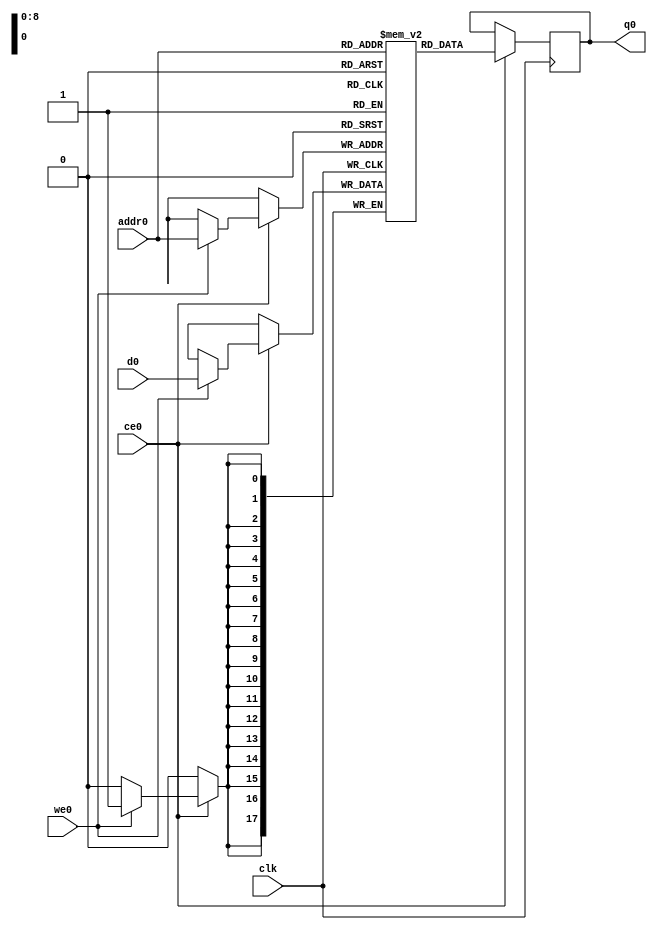
// ==============================================================
// Vivado(TM) HLS - High-Level Synthesis from C, C++ and SystemC v2019.2 (64-bit)
// Copyright 1986-2019 Xilinx, Inc. All Rights Reserved.
// ==============================================================
`timescale 1 ns / 1 ps
module pooling2d_cl_ss_ap_fixed_ap_fixed_config11_s_memory1_0_V_ram (addr0, ce0, d0, we0, q0,  clk);

parameter DWIDTH = 18;
parameter AWIDTH = 9;
parameter MEM_SIZE = 512;

input[AWIDTH-1:0] addr0;
input ce0;
input[DWIDTH-1:0] d0;
input we0;
output reg[DWIDTH-1:0] q0;
input clk;

(* ram_style = "block" *)reg [DWIDTH-1:0] ram[0:MEM_SIZE-1];




always @(posedge clk)  
begin 
    if (ce0) begin
        if (we0) 
            ram[addr0] <= d0; 
        q0 <= ram[addr0];
    end
end


endmodule

`timescale 1 ns / 1 ps
module pooling2d_cl_ss_ap_fixed_ap_fixed_config11_s_memory1_0_V(
    reset,
    clk,
    address0,
    ce0,
    we0,
    d0,
    q0);

parameter DataWidth = 32'd18;
parameter AddressRange = 32'd512;
parameter AddressWidth = 32'd9;
input reset;
input clk;
input[AddressWidth - 1:0] address0;
input ce0;
input we0;
input[DataWidth - 1:0] d0;
output[DataWidth - 1:0] q0;



pooling2d_cl_ss_ap_fixed_ap_fixed_config11_s_memory1_0_V_ram pooling2d_cl_ss_ap_fixed_ap_fixed_config11_s_memory1_0_V_ram_U(
    .clk( clk ),
    .addr0( address0 ),
    .ce0( ce0 ),
    .we0( we0 ),
    .d0( d0 ),
    .q0( q0 ));

endmodule